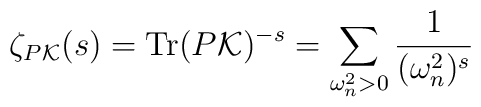
\zeta_{P {\cal K}}(s)={\rm Tr}(P{\cal K})^{-s}=\sum_{\omega_n^2>0}\frac{1}{(\omega_n^2)^s}